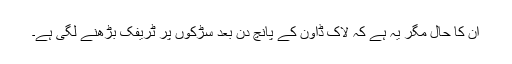
ان کا حال مگر یہ ہے کہ لاک ڈاؤن کے پانچ دن بعد سڑکوں پر ٹریفک بڑھنے لگی ہے۔